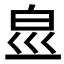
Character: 𤽋